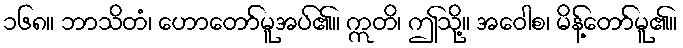
၁၆၈။ ဘာသိတံ၊ ဟောတော်မူအပ်၏။ ဣတိ၊ ဤသို့။ အဝေါစ၊ မိန့်တော်မူ၏။